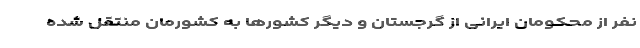
نفر از محکومان ایرانی از گرجستان و دیگر کشورها به کشورمان منتقل شده